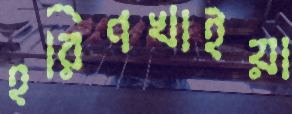
হরিণখাইয়া